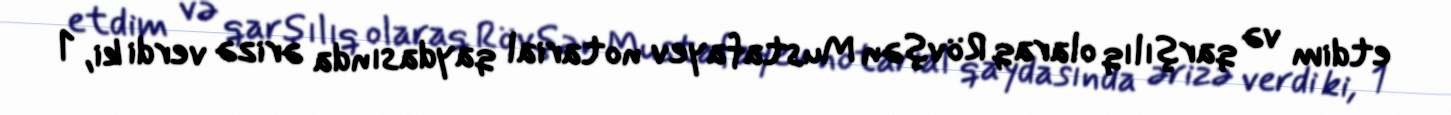
etdim və qarşılıq olaraq Rövşən Mustafayev notarial qaydasında ərizə verdi ki, 1